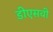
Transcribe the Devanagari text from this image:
डीएसवी